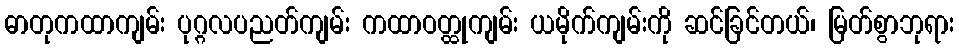
ဓာတုကထာကျမ်း ပုဂ္ဂလပညတ်ကျမ်း ကထာဝတ္ထုကျမ်း ယမိုက်ကျမ်းကို ဆင်ခြင်တယ်၊ မြတ်စွာဘုရား